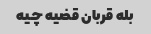
بله قربان قضیه چیه